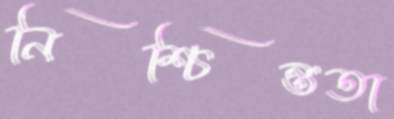
নিশ্চিন্ততা